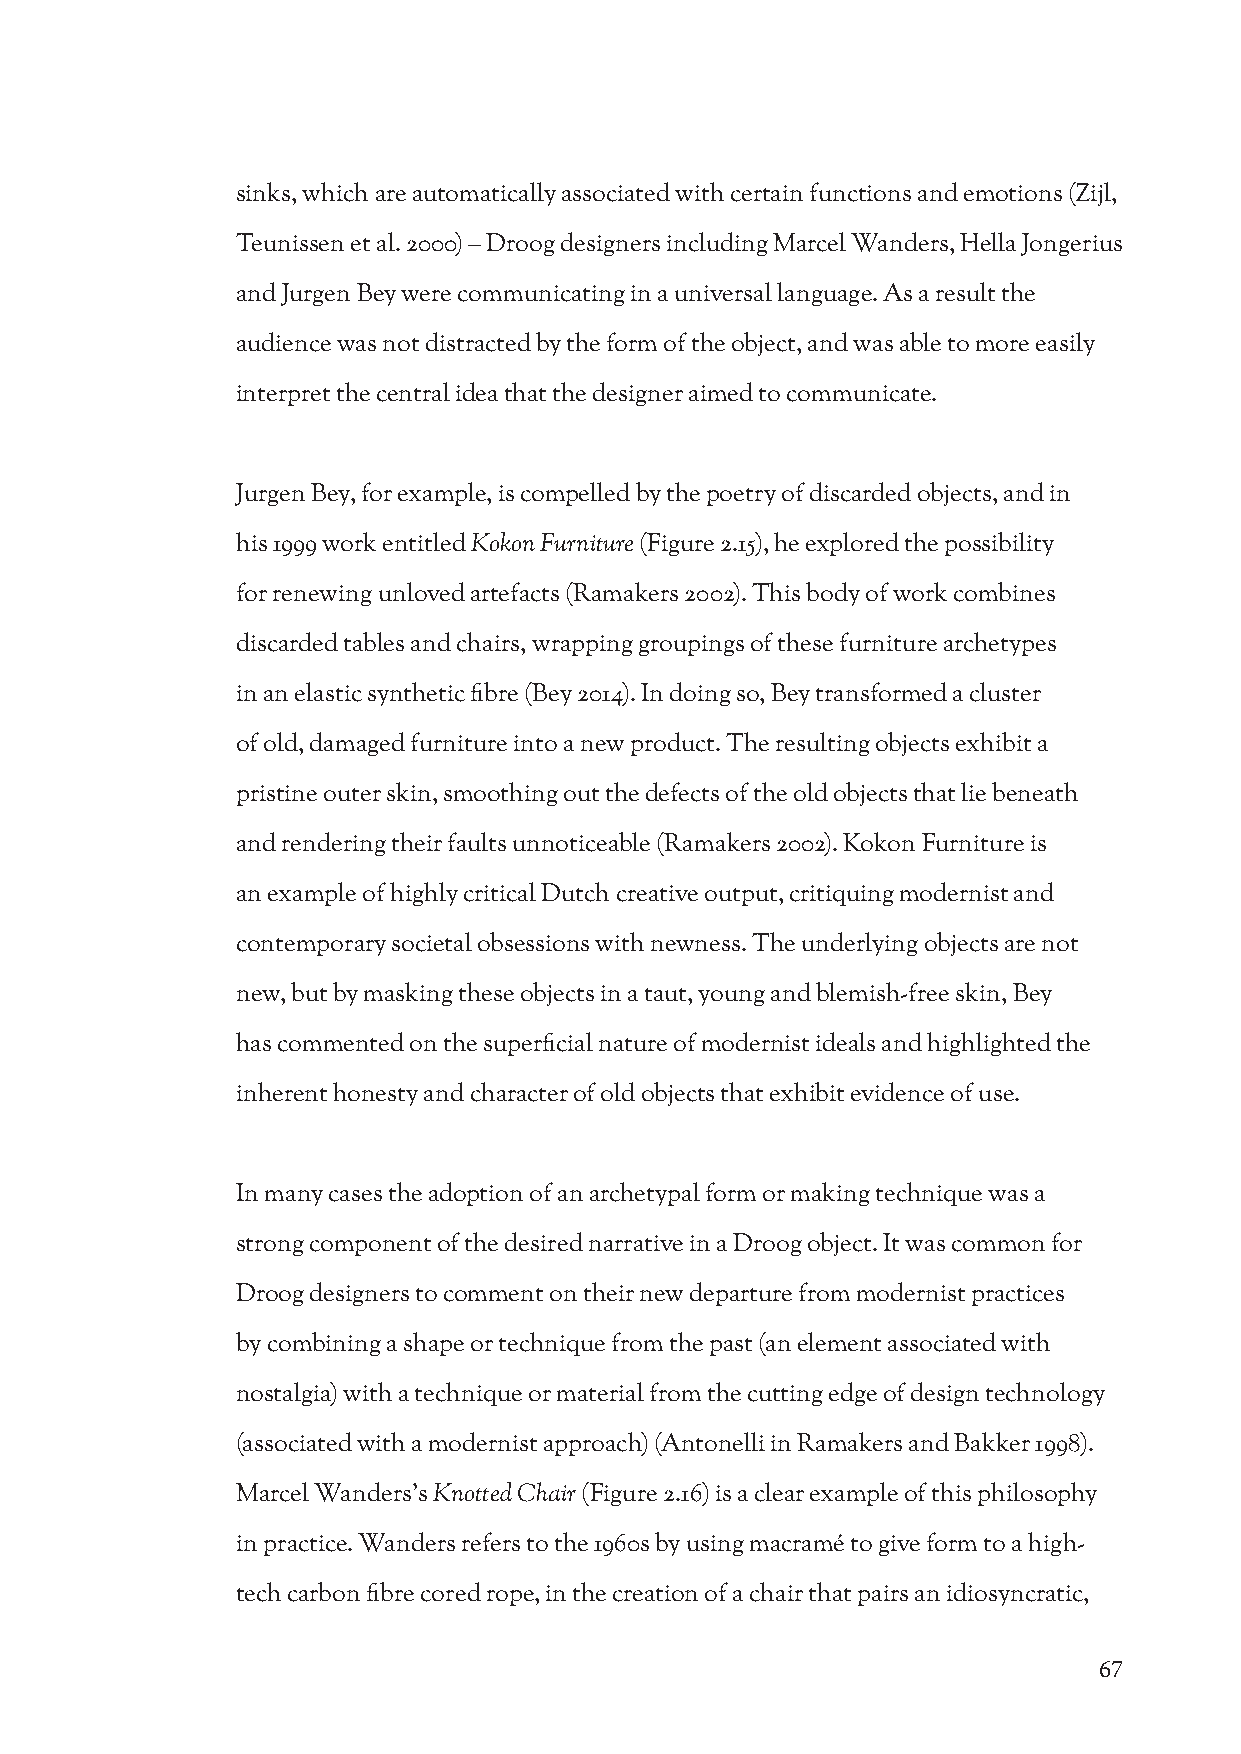
sinks, which are automatically associated with certain functions and emotions (Zijl,
 Teunissen et al. 2000) – Droog designers including Marcel Wanders, Hella Jongerius
 and Jurgen Bey were communicating in a universal language. As a result the
 audience was not distracted by the form of the object, and was able to more easily
 interpret the central idea that the designer aimed to communicate.
 Jurgen Bey, for example, is compelled by the poetry of discarded objects, and in
 his 1999 work entitled Kokon Furniture (Figure 2.15), he explored the possibility
 for renewing unloved artefacts (Ramakers 2002). This body of work combines
 discarded tables and chairs, wrapping groupings of these furniture archetypes
 in an elastic synthetic fibre (Bey 2014). In doing so, Bey transformed a cluster
 of old, damaged furniture into a new product. The resulting objects exhibit a
 pristine outer skin, smoothing out the defects of the old objects that lie beneath
 and rendering their faults unnoticeable (Ramakers 2002). Kokon Furniture is
 an example of highly critical Dutch creative output, critiquing modernist and
 contemporary societal obsessions with newness. The underlying objects are not
 new, but by masking these objects in a taut, young and blemish-free skin, Bey
 has commented on the superficial nature of modernist ideals and highlighted the
 inherent honesty and character of old objects that exhibit evidence of use.
 In many cases the adoption of an archetypal form or making technique was a
 strong component of the desired narrative in a Droog object. It was common for
 Droog designers to comment on their new departure from modernist practices
 by combining a shape or technique from the past (an element associated with
 nostalgia) with a technique or material from the cutting edge of design technology
 (associated with a modernist approach) (Antonelli in Ramakers and Bakker 1998).
 Marcel Wanders’s Knotted Chair (Figure 2.16) is a clear example of this philosophy
 in practice. Wanders refers to the 1960s by using macramé to give form to a high-
 tech carbon fibre cored rope, in the creation of a chair that pairs an idiosyncratic,
 67